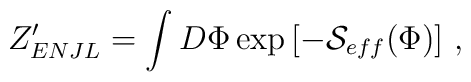
Z_{ENJL}' = \int D\Phi\exp\left[-{\cal S}_{eff}(\Phi)\right]\,,